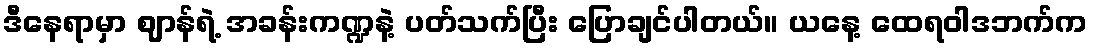
ဒီနေရာမှာ ဈာန်ရဲ့ အခန်းကဏ္ဍနဲ့ ပတ်သက်ပြီး ပြောချင်ပါတယ်။ ယနေ့ ထေရဝါဒဘက်က